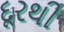
દૂરથી